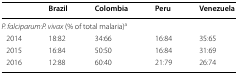
|  | Brazil | Colombia | Peru | Venezuela |
 | --- | --- | --- | --- | --- |
 | <COLSPAN=5> P. falciparum:P. vivax (% of total malaria)a |
 | 2014 | 18:82 | 34:66 | 16:84 | 35:65 |
 | 2015 | 16:84 | 50:50 | 16:84 | 31:69 |
 | 2016 | 12:88 | 60:40 | 21:79 | 26:74 |